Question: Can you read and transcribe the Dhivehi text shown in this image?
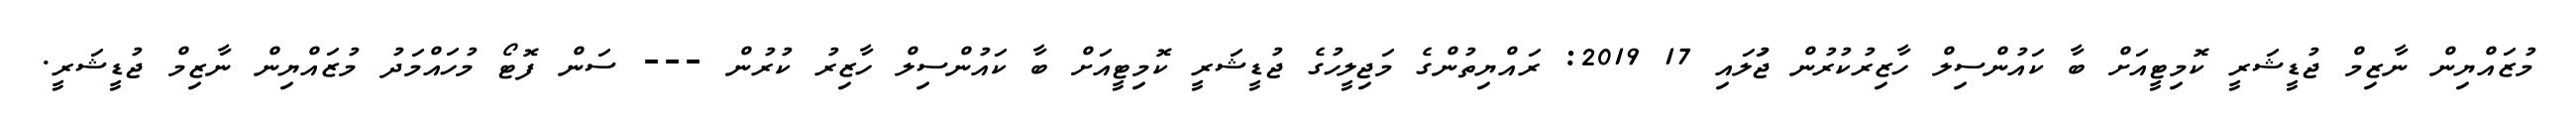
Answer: މުޒައްޔިން ނާޒިމް ޖުޑީޝަރީ ކޮމިޓީއަށް ބާ ކައުންސިލް ހާޒިރުކުރުން ޖުަލައި 17 2019: ރައްޔިތުންގެ މަޖިލީހުގެ ޖުޑީޝަރީ ކޮމިޓީއަށް ބާ ކައުންސިލް ހާޒިރު ކުރުން --- ސަން ފޮޓޯ މުހައްމަދު މުޒައްޔިން ނާޒިމް ޖުޑީޝަރީ.